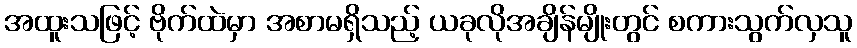
အထူးသဖြင့် ဗိုက်ထဲမှာ အစာမရှိသည့် ယခုလိုအချိန်မျိုးတွင် စကားသွက်လှသူ